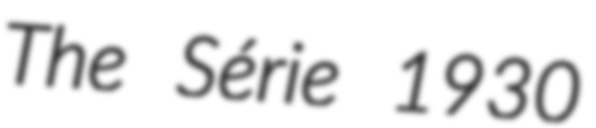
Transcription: The Série 1930